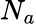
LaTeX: N_{a}